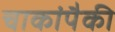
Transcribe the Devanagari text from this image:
चाकांपैकी